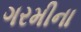
ગરમીના